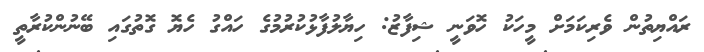
ރައްޔިތުން ވެރިކަމަށް މީހަކު ހޮވަނީ ޝިފާޒު: ހިޔާލުފާޅުކުރުމުގެ ހައްގު ހެޔޮ ގޮތުގައި ބޭނުންކުރާތީ